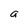
Character: a